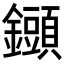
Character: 𨯲